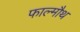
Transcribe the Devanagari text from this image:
फाल्मौथ